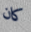
كان